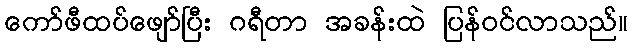
ကော်ဖီထပ်ဖျော်ပြီး ဂရီတာ အခန်းထဲ ပြန်ဝင်လာသည်။